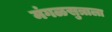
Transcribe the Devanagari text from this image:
मंगळसुत्राला